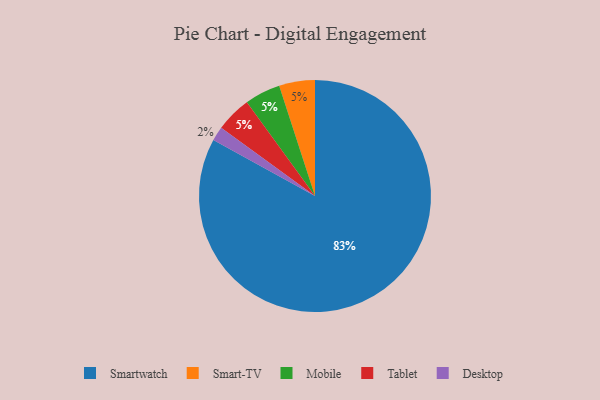
{"axis": {"x": "Category", "y": "Percentage"}, "legend": ["Desktop", "Mobile", "Smart-TV", "Smartwatch", "Tablet"], "data": [{"x": "Smart-TV", "y": 5, "type": "Smart-TV"}, {"x": "Desktop", "y": 2, "type": "Desktop"}, {"x": "Mobile", "y": 5, "type": "Mobile"}, {"x": "Smartwatch", "y": 83, "type": "Smartwatch"}, {"x": "Tablet", "y": 5, "type": "Tablet"}]}